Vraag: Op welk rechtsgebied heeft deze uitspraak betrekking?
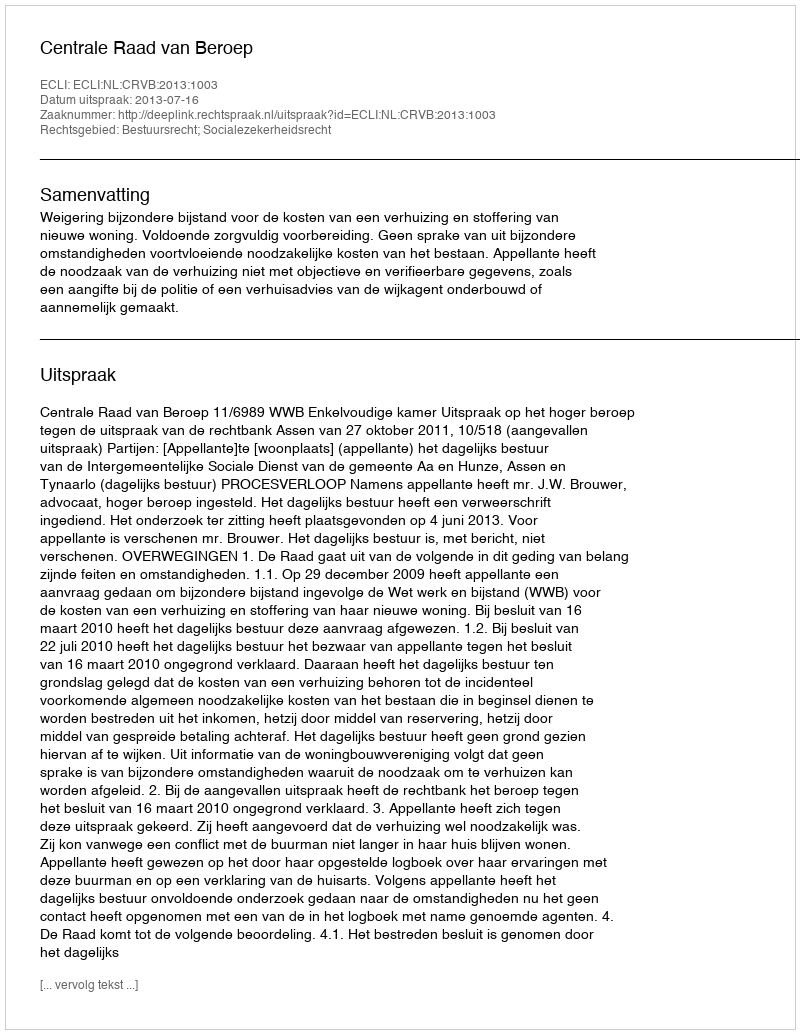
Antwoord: Bestuursrecht; Socialezekerheidsrecht